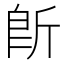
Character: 𱡪